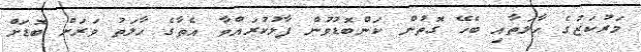
މަރުކަޒުގެ ހާލަތާއި ބެހޭ ގޮތުން ކަންބޮޑުވުން ފާޅުކުރައްވާ އެތާގެ ހާލަތު ވަރަށް ބޮޑަށް